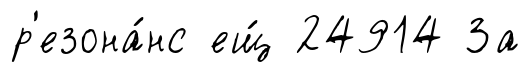
р'езона́нс ещ́ 24914 За